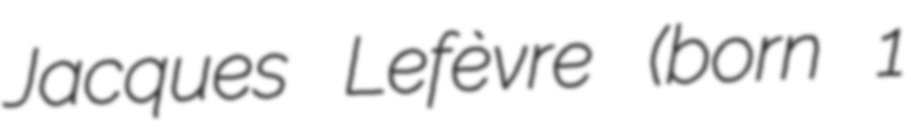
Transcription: Jacques Lefèvre (born 1